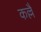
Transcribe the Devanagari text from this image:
कल्लै